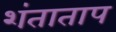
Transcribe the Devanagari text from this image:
शंताताप